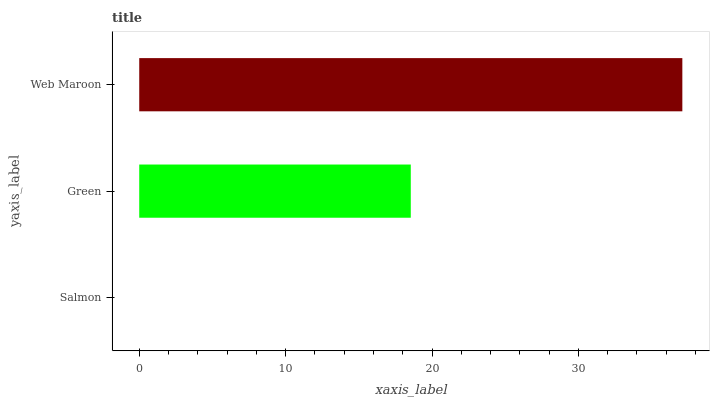
| yaxis_label | bars |
 | --- | --- |
 | Salmon | 0 |
 | Green | 18.5 |
 | Web Maroon | 37.1 |